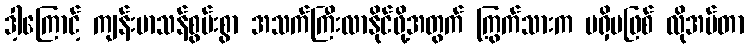
ဒါ့ကြောင့် ကျန်းမာသန်စွမ်းစွာ အသက်ကြီးလာနိုင်ဖို့အတွက် ကြွက်သားက မရှိမဖြစ် လိုအပ်တာ